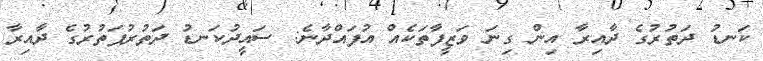
ކަނޑު ދަތުރުގެ ދާއިރާ އިން ގިނަ ވަޒީފާތަކެއް އުފައްދާނެ: ސައީދުކަނޑު ދަތުރުފަތުރުގެ ދާއިރާ